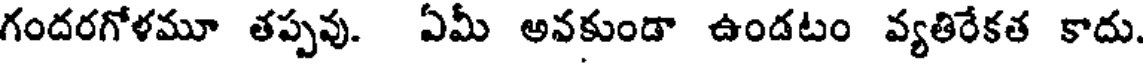
గందరగోళమూ తప్పవు. ఏమీ అవకుండా ఉండటం వ్యతిరేకత కాదు.